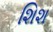
શિશ